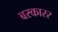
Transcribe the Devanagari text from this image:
बरकारर